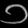
Digit: ၁